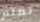
تعلم